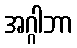
အဂ္ဂါဘာ